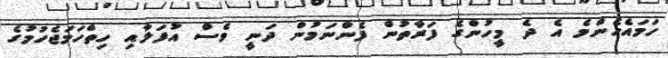
ހަމައެހެންމެ އެ ދެ މީހުންގެ ފަރާތުން ފެންނަމުން ދަނީ ވެސް އުފަލާއި ހިތްހަމަޖެހުމުގެ